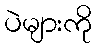
ပဲများကို